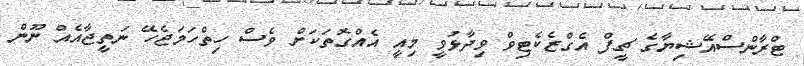
ޓްރާންސްއޭޝިޔާގެ ޗީފް އެގްޒެކެޓިވް ވިދާޅުވީ މިއީ އެއްގޮތަކަށް ވެސް ހިތްހަމަޖެހޭ ނަތީޖާއެއް ނޫން